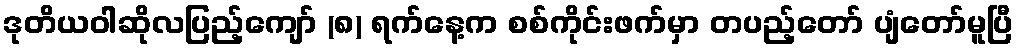
ဒုတိယဝါဆိုလပြည့်ကျော် (၈) ရက်နေ့က စစ်ကိုင်းဖက်မှာ တပည့်တော် ပျံတော်မူပြီ